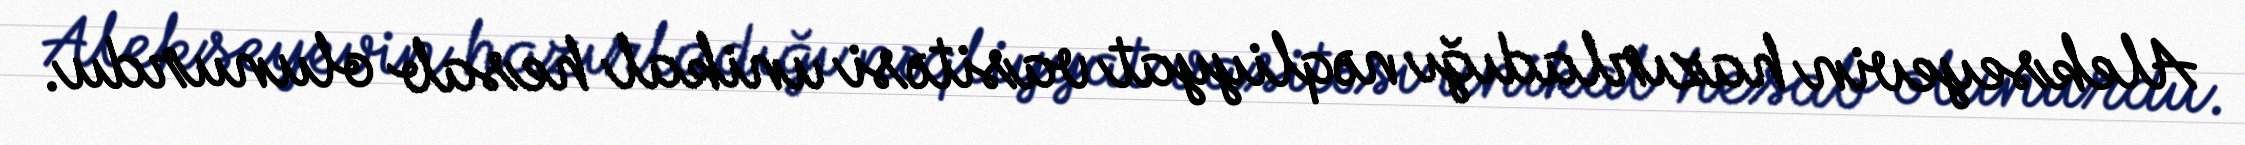
Alekseyevin hazırladığı nəqliyyat vasitəsi unikal hesab olunurdu.